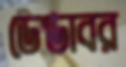
ডেণ্ডাবর